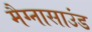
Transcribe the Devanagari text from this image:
मैग्नासाउंड